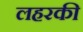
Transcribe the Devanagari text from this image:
लहरकी